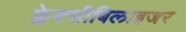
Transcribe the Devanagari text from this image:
फ्लेक्सीबिलाइजर